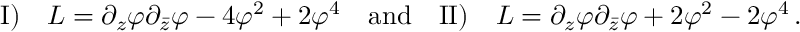
\mathrm { I ) } \quad { \cal L } = \partial _ { z } \varphi \partial _ { \bar { z } } \varphi - 4 \varphi ^ { 2 } + 2 \varphi ^ { 4 } \quad \mathrm { a n d } \quad \mathrm { I I ) } \quad { \cal L } = \partial _ { z } \varphi \partial _ { \bar { z } } \varphi + 2 \varphi ^ { 2 } - 2 \varphi ^ { 4 } \, .